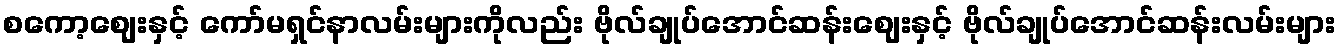
စကော့ဈေးနှင့် ကော်မရှင်နာလမ်းများကိုလည်း ဗိုလ်ချုပ်အောင်ဆန်းဈေးနှင့် ဗိုလ်ချုပ်အောင်ဆန်းလမ်းများ